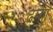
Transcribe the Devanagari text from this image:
ढाता